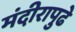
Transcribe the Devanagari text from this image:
मंदीरापुढे